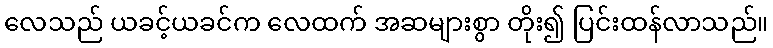
လေသည် ယခင့်ယခင်က လေထက် အဆများစွာ တိုး၍ ပြင်းထန်လာသည်။